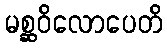
မစ္ဆဝိလောပေတိ